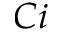
C i